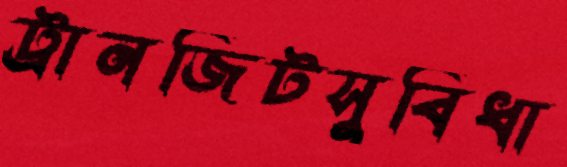
ট্রানজিটসুবিধা